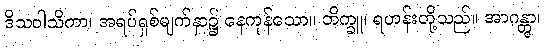
ဒိသဝါသိကာ၊ အရပ်ရှစ်မျက်နှာ၌ နေကုန်သော။ ဘိက္ခူ၊ ရဟန်းတို့သည်။ အာဂန္တွာ၊